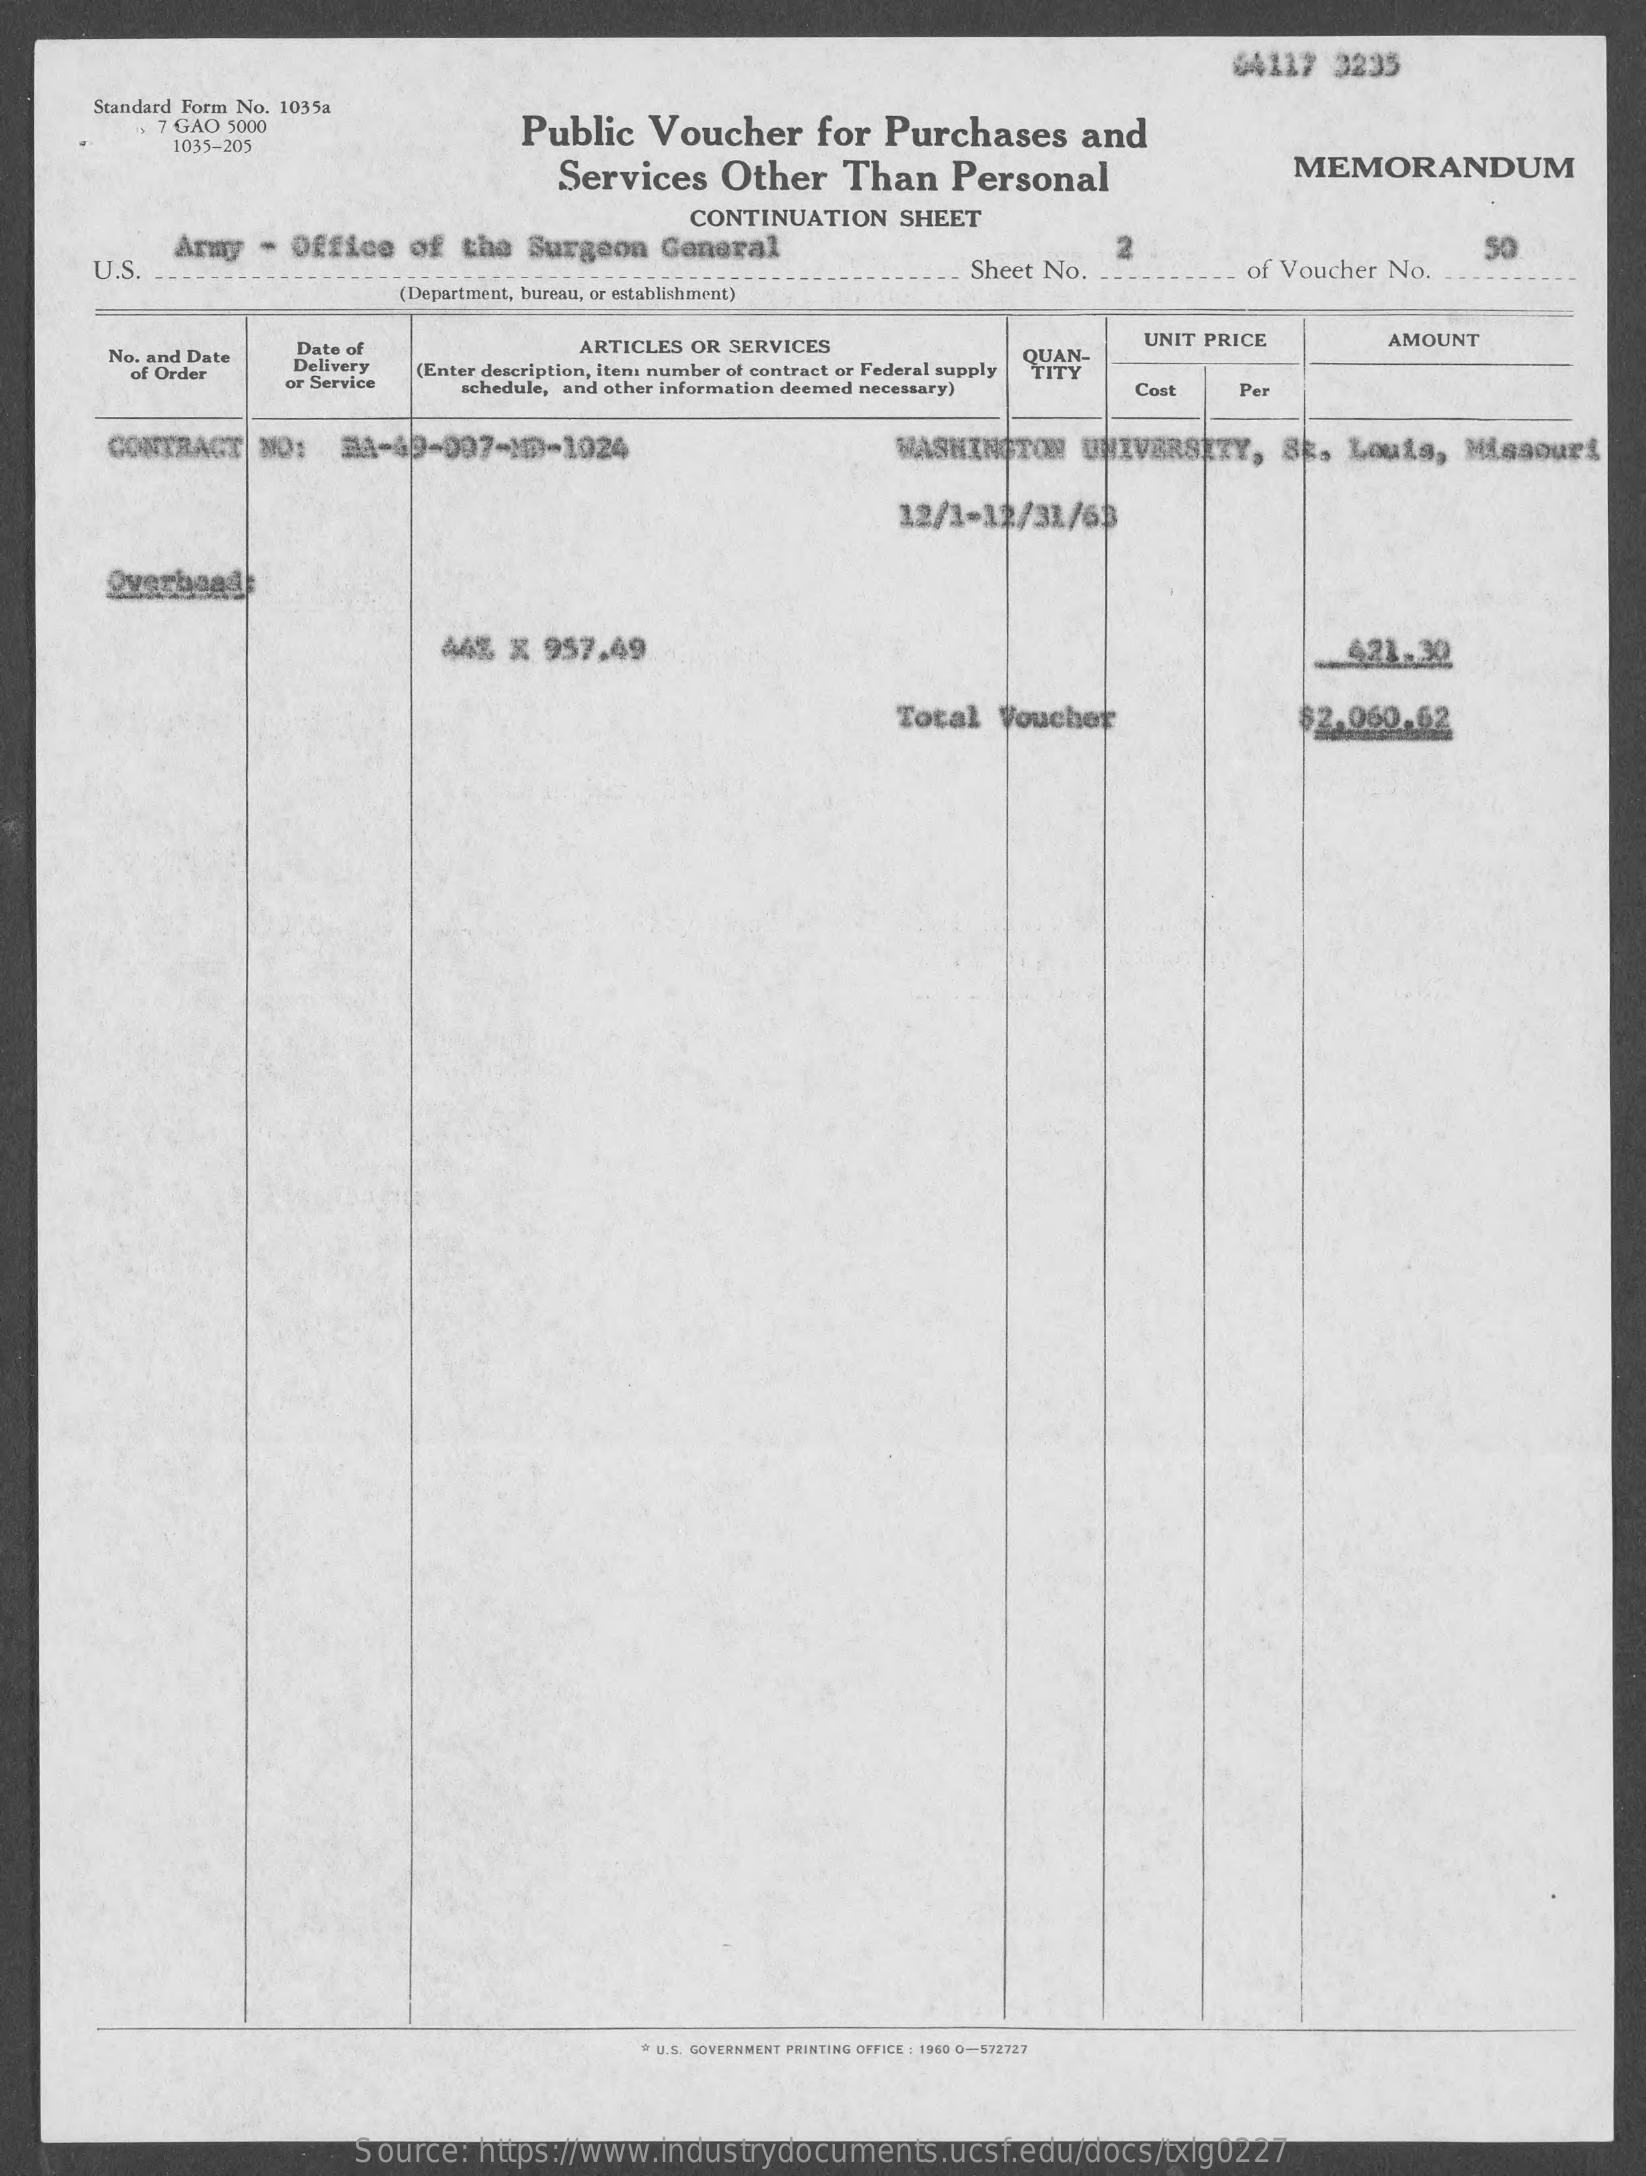
84127   3235
     Standard Form No. 1035a
     7 GAO 5000    Public   Voucher    for  Purchases    and
     1035-205
     Services    Other    Than    Personal    MEMORANDUM
     U.S.
     Army  - Office   of  the  Surgeon   General
     CONTINUATION   SHEET
     Sheet No.
     2
     of Voucher No.
     50
     (Department, bureau, or establishment)
     No. and Date
     Date of    ARTICLES OR SERVICES
     of Order    Delivery (Enter description, item number of contract or Federal supply QUAN-
     UNIT PRICE    AMOUNT
     or Service   schedule, and other information deemed necessary)   Cost   Per
     CONTRACT    NO:   #A-49-007-10-1024    WASHINGTON    UNIVERSITY,    SE,  Louis,   Missouri
     12/1-12/31/63
     44% X  957.49    421.30
     Total   Voucher    $2.060.62
     U.S. GOVERNMENT PRINTING OFFICE : 1960 0-572727
     Source:  https://www.industrydocuments.ucsf.edu/docs/txlg0227